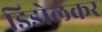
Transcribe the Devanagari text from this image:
डिडोलकर